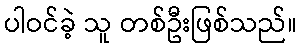
ပါဝင်ခဲ့ သူ တစ်ဦးဖြစ်သည်။